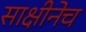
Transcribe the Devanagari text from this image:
साक्षीनेच